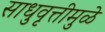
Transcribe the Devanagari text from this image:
साधुवृत्तीमुळे